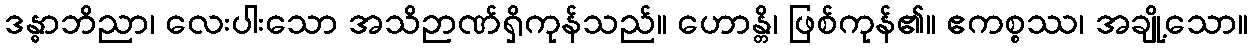
ဒန္ဓာဘိညာ၊ လေးပါးသော အသိဉာဏ်ရှိကုန်သည်။ ဟောန္တိ၊ ဖြစ်ကုန်၏။ ဧကစ္စဿ၊ အချို့သော။